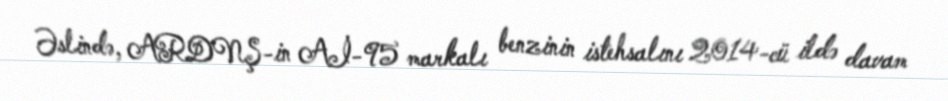
Əslində, ARDNŞ-in Aİ-95 markalı benzinin istehsalını 2014-cü ildə davam